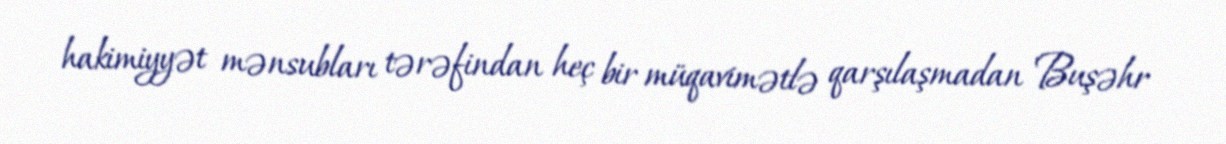
hakimiyyət mənsubları tərəfindan heç bir müqavimətlə qarşılaşmadan Buşəhr